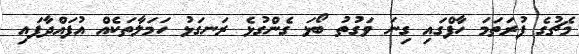
މެޗުގެ ފުރަތަމަ ހާފްގައި ގިނަ ވަގުތު ބޯޅަ ގެންގުޅެ ރަނގަޅު ހަމަލާތަކެއް އުފައްދާފައި